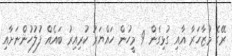
ރޭގެ މުޒާހަރާ އާއި ގުޅިގެން 9 މީހުން ހައްޔަރު ކުރިއިރު ބައެއް ފުލުހުންނަށާއި